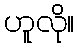
ဟူလို။